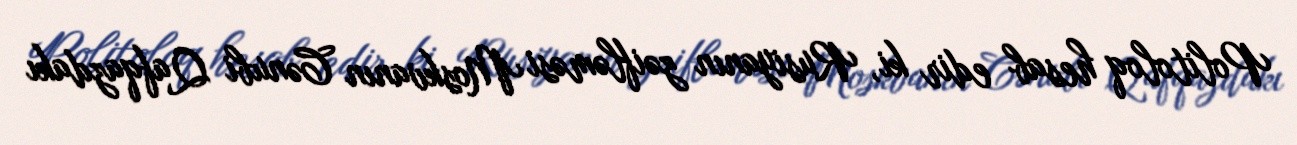
Politoloq hesab edir ki, Rusiyanın zəifləməsi Moskvanın Cənubi Qafqazdakı